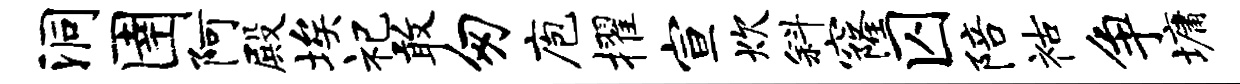
洞圉阿殿埃祀敢匆庖擢宣炊斜窿囚陪祜争墉